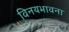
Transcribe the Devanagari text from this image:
विनयभावना